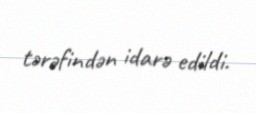
tərəfindən idarə edildi.